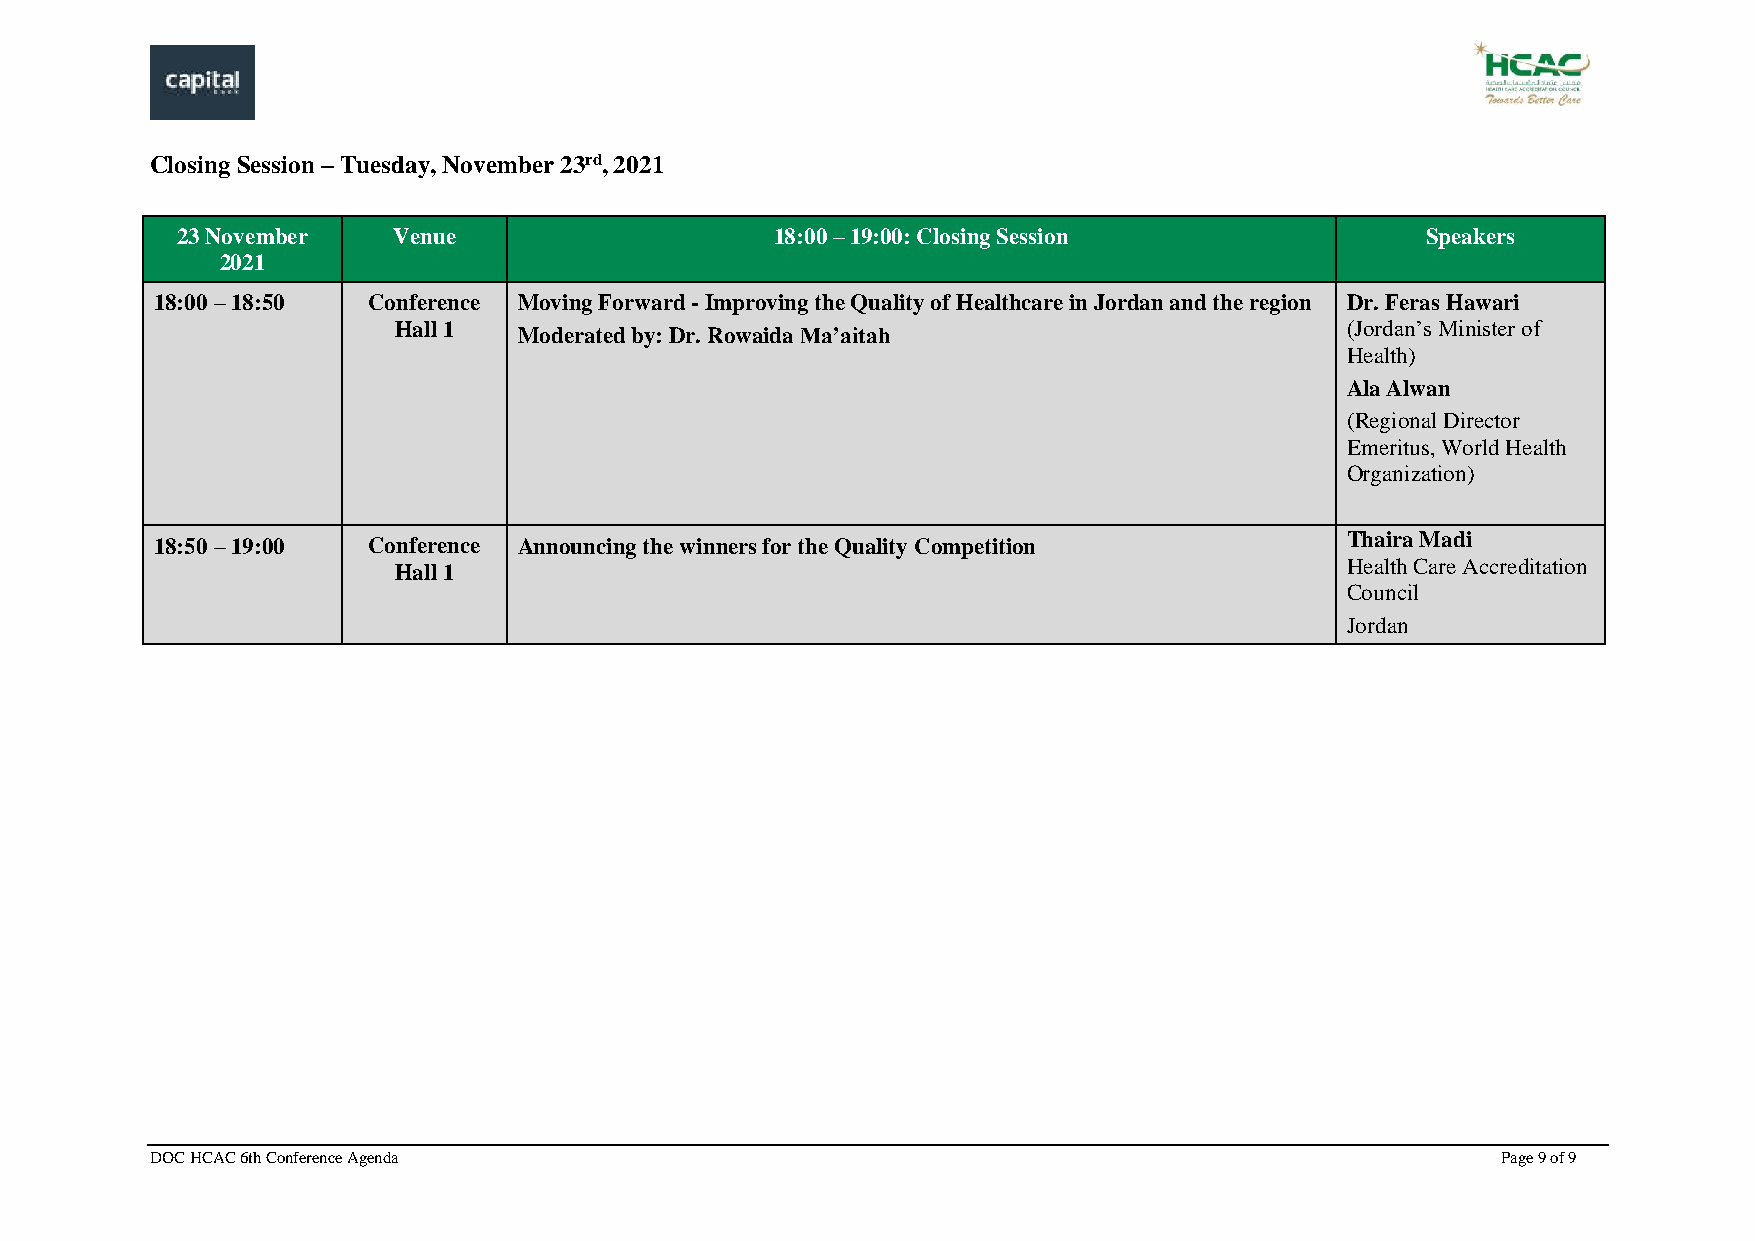
Closing Session – Tuesday, November 23rd, 2021
 23 November   Venue                    18:00 – 19:00: Closing Session             Speakers
 2021
 18:00 – 18:50 Conference Moving Forward - Improving the Quality of Healthcare in Jordan and the region Dr. Feras Hawari
 Hall 1  Moderated by: Dr. Rowaida Ma’aitah                     (Jordan’s Minister of
 Health)
 Ala Alwan
 (Regional Director
 Emeritus, World Health
 Organization)
 18:50 – 19:00 Conference Announcing the winners for the Quality Competition    Thaira Madi
 Health Care Accreditation
 Hall 1
 Council
 Jordan
 DOC HCAC 6th Conference Agenda                                                           Page 9 of 9